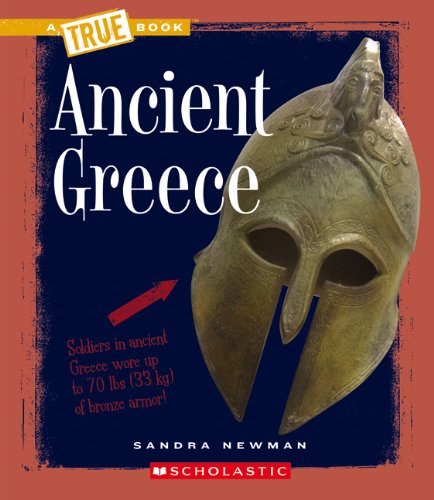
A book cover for Ancient Greece (True Books: Ancient Civilizations); Sandra Newman; History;